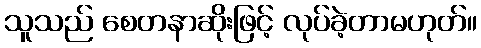
သူသည် စေတနာဆိုးဖြင့် လုပ်ခဲ့တာမဟုတ်။